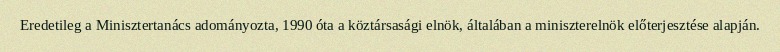
Eredetileg a Minisztertanács adományozta, 1990 óta a köztársasági elnök, általában a miniszterelnök előterjesztése alapján.